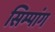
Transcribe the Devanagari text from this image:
सिम्पांग